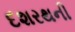
દશરથની